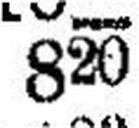
820